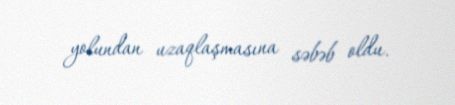
yolundan uzaqlaşmasına səbəb oldu.